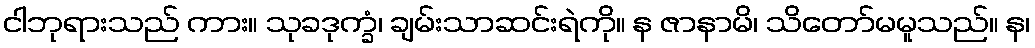
ငါဘုရားသည် ကား။ သုခဒုက္ခံ၊ ချမ်းသာဆင်းရဲကို။ န ဇာနာမိ၊ သိတော်မမူသည်။ န၊